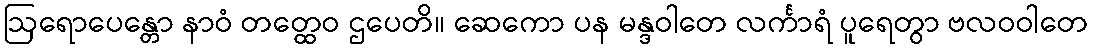
ဩရောပေန္တော နာဝံ တတ္ထေဝ ဌပေတိ။ ဆေကော ပန မန္ဒဝါတေ လင်္ကာရံ ပူရေတွာ ဗလဝဝါတေ